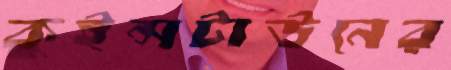
কুইন্সটাউনের